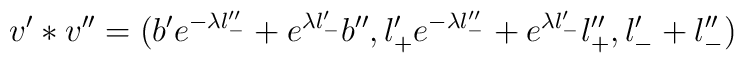
v' * v'' = ( b'e^{- \lambda l_-''} +     e^{ \lambda l_-'} b'',l_+' e^{- \lambda l_-''} +     e^{ \lambda l_-'} l_+'', l_-' + l_-'')